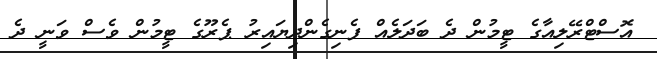
އޮސްޓްރޭލިއާގެ ޓީމުން ދެ ބަދަލެއް ފެނިގެންދިޔައިރު ޕެރޫގެ ޓީމުން ވެސް ވަނީ ދެ